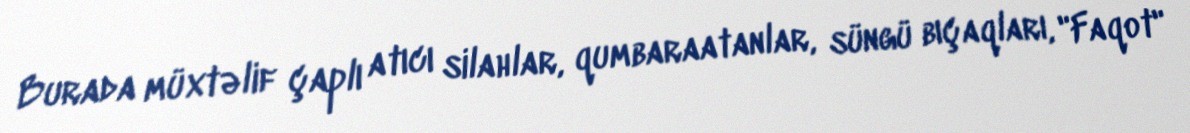
Burada müxtəlif çaplı atıcı silahlar, qumbaraatanlar, süngü bıçaqları, "Faqot"